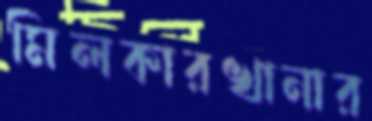
মিলকারখানার